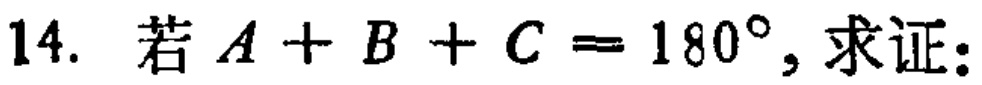
14. 若\(A + B + C = 180^{\circ}\)，求证：